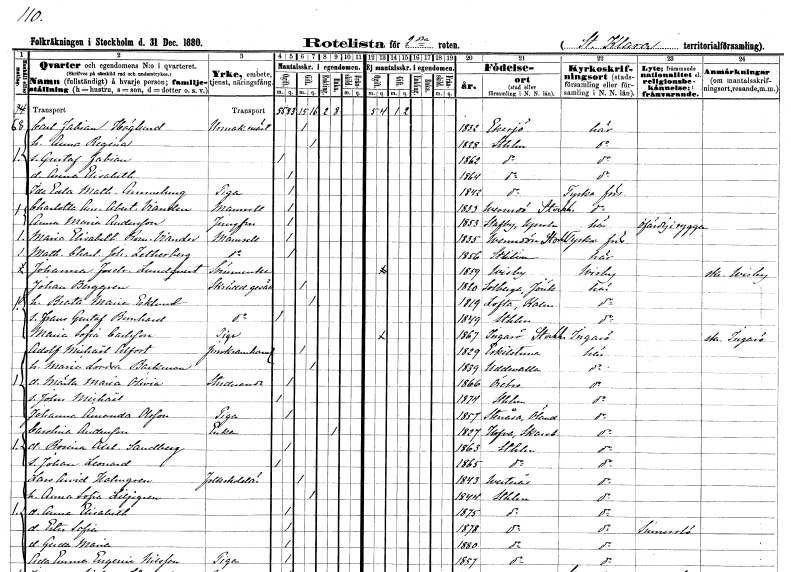
gt_parse: households: individuals: FN: Carl Fabian
EN: Höglund
YRKE: Urmakarmästare
KON: M
CIV: G
FODAR: 1832
FODFORS: Eksjö Jönköpings län
FN: Anna Regina
KON: K
CIV: G
FODAR: 1828
FODFORS: Stockholm
FN: Gustaf Fabian
KON: M
CIV: O
FODAR: 1862
FODFORS: Stockholm
FN: Anna Elisabeth
KON: K
CIV: O
FODAR: 1864
FODFORS: Stockholm
FN: Ida Edla Mathilda
EN: Ammelung
YRKE: Piga
KON: K
CIV: O
FODAR: 1842
FODFORS: Stockholm
FN: Charlotta Anna Albertina
EN: Viander
KON: K
CIV: O
FODAR: 1833
FODFORS: Värmdö Stockholms län
FN: Anna Maria
EN: Andersson
YRKE: Jungfru
KON: K
CIV: O
FODAR: 1853
FODFORS: Stavby Uppsala län
FN: Maria Elisabeth Romana
EN: Viander
KON: K
CIV: O
FODAR: 1835
FODFORS: Värmdö Stockholms län
FN: Mathilda Charlotta Johanna
EN: Zetherberg
KON: K
CIV: O
FODAR: 1856
FODFORS: Stockholm
FN: Johanna Fredrika
EN: Lundqvist
YRKE: Sömmerska
KON: K
CIV: O
FODAR: 1859
FODFORS: Visby Gotlands län
FN: Johan
EN: Berggren
YRKE: Skräddaregesäll
KON: M
CIV: G
FODAR: 1820
FODFORS: Solberga Jönköpings län
FN: Beata Maria
EN: Eklund
KON: K
CIV: G
FODAR: 1819
FODFORS: Lofta Kalmar län
FN: Frans Gustaf Bernhard
YRKE: Skräddaregesäll
KON: M
CIV: O
FODAR: 1849
FODFORS: Stockholm
FN: Maria Sofia
EN: Carlsson
YRKE: Piga
KON: K
CIV: O
FODAR: 1867
FODFORS: Ingarö Stockholms län
FN: Adolf Michaël
EN: Alfort
YRKE: Järnkramhandlare
KON: M
CIV: G
FODAR: 1829
FODFORS: Eskilstuna Södermanlands län
FN: Maria Lovisa
EN: Backman
KON: K
CIV: G
FODAR: 1839
FODFORS: Uddevalla Göteborgs- och Bohuslän
FN: Märta Maria Olivia
YRKE: Studerande
KON: K
CIV: O
FODAR: 1866
FODFORS: Örebro Örebro län
FN: John Michaël
KON: M
CIV: O
FODAR: 1874
FODFORS: Stockholm
FN: Johanna Amanda
EN: Olsson
YRKE: Piga
KON: K
CIV: O
FODAR: 1857
FODFORS: Stenåsa Kalmar län
FN: Carolina
EN: Andersson
YRKE: Änka
KON: K
CIV: E
FODAR: 1827
FODFORS: Hova Skaraborgs län
FN: Rosina Axelina
EN: Sandberg
KON: K
CIV: O
FODAR: 1863
FODFORS: Stockholm
FN: Johan Leonard
KON: M
CIV: O
FODAR: 1865
FODFORS: Stockholm
FN: Lars Arvid
EN: Holmgren
YRKE: Folkskolelärare
KON: M
CIV: G
FODAR: 1843
FODFORS: Västerås Västmanlands län
FN: Anna Sofia
EN: Liljegren
KON: K
CIV: G
FODAR: 1844
FODFORS: Stockholm
FN: Anna Elisabeth
KON: K
CIV: O
FODAR: 1875
FODFORS: Stockholm
FN: Ester Sofia
KON: K
CIV: O
FODAR: 1878
FODFORS: Stockholm
FN: Gerda Maria
KON: K
CIV: O
FODAR: 1880
FODFORS: Stockholm
FN: Ada Emma Eugenia
EN: Nilsson
YRKE: Piga
KON: K
CIV: O
FODAR: 1857
FODFORS: Stockholm